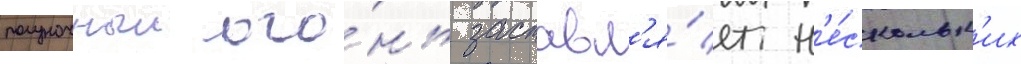
полуночныи ого́нь заставл'я́ет н'е́скольк'их